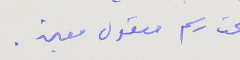
تحت رسم معقول معين .